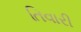
તિવારી